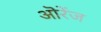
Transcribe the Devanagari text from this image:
ऒरेंज